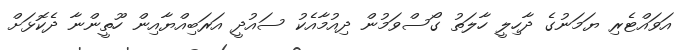
އަވައްޓެރި ޔަމަނުގެ ދާހިލީ ހާލަތު ގޯސްވަމުން ދިއުމާއެކު ސައުދީ އަރަބިއްޔާއިން ހޫތީންނާ ދެކޮޅަށް